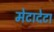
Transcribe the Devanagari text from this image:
मेटादेटा